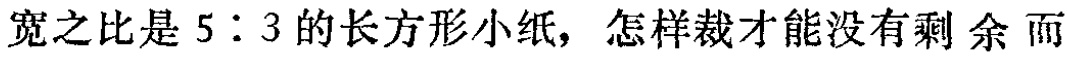
宽之比是 \(5:3\) 的长方形小纸，怎样裁才能没有剩余面